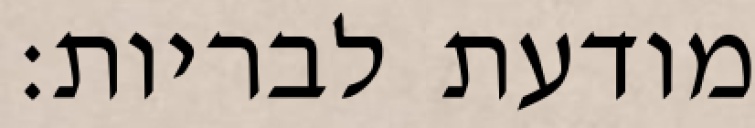
מודעת לבריות: